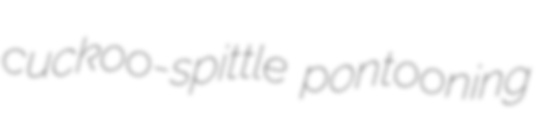
cuckoo-spittle pontooning